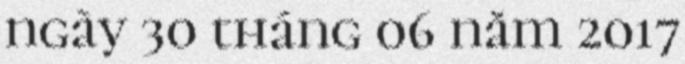
ngày 30 tháng 06 năm 2017